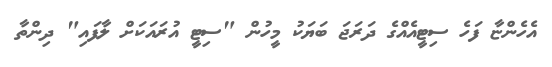
އެހެންޏާ ފަހެ ސިޓީއެއްގެ ދަރަޖަ ބަޔަކު މީހުން "ސިޓީ އުރައަކަށް ލާފައި" ދިންތާ